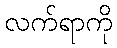
လက်ရာကို